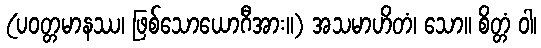
(ပဝတ္တမာနဿ၊ ဖြစ်သောယောဂီအား။) အသမာဟိတံ၊ သော။ စိတ္တံ ဝါ၊